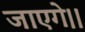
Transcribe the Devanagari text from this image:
जाएगे।।